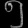
Digit: ၅